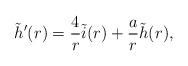
LaTeX: \begin{align*}\tilde{h}'(r) = \frac{4}{r} \tilde{i}(r) + \frac{a}{r} \tilde{h}(r),\end{align*}